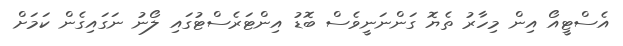
އެސްޓީއޯ އިން މިހާރު ތެޔޮ ގަންނަނީވެސް ބޮޑު އިންޓަރެސްޓުގައި ލޯނު ނަގައިގެން ކަމަށް